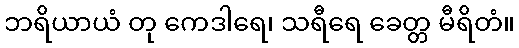
ဘရိယာယံ တု ကေဒါရေ၊ သရီရေ ခေတ္တ မီရိတံ။